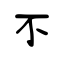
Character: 不